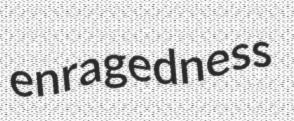
enragedness